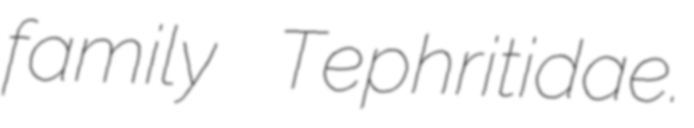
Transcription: family Tephritidae.